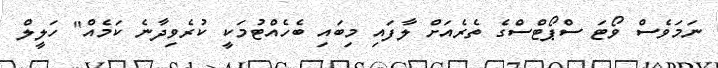
ނަމަވެސް ވޯޓަ ސްޕޯޓްސްގެ ތެރެއަށް ލާފައި މިބައި ބެހެއްޓުމަކީ ކުރެވިދާނެ ކަމެއް" ހަލީލް